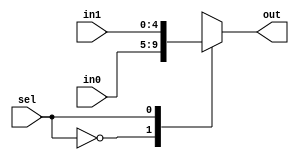
//-----------------------------------------------------
// Design Name : Mips_Processor
// Function    : 2:1 Multiplexer for a 5 bit number
// Coder       : Waleed Chaudhry
//-----------------------------------------------------
module mux5bit(in0, in1, sel, out);
	input wire [4:0] in0;
	input wire [4:0] in1;
	input wire sel ;
	output reg [4:0] out;

	always @ (*) begin
		case(sel) 
		    1'b0: out = in0;
		    1'b1: out = in1;
	 	endcase 
	end

endmodule